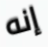
إنه